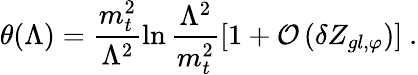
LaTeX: \theta(\Lambda)=\frac{m_{t}^{2}}{\Lambda^{2}}\ln\frac{\Lambda^{2}}{m_{t}^{2}}\left[1+{\cal{O}}\left(\delta Z_{gl,\varphi}\right)\right]\ .